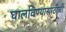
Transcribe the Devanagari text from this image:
घालविण्यासाठीची